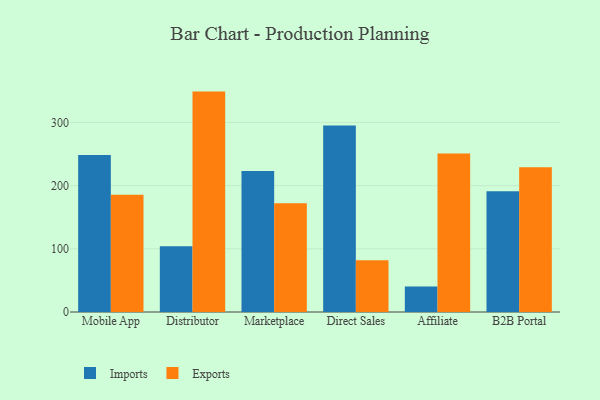
{"axis": {"x": "Channel", "y": "Temperature (°C)"}, "legend": ["Exports", "Imports"], "data": [{"x": "Mobile App", "y": 248.4, "type": "Imports"}, {"x": "Mobile App", "y": 185.6, "type": "Exports"}, {"x": "Distributor", "y": 103.9, "type": "Imports"}, {"x": "Distributor", "y": 348.8, "type": "Exports"}, {"x": "Marketplace", "y": 223.3, "type": "Imports"}, {"x": "Marketplace", "y": 172.0, "type": "Exports"}, {"x": "Direct Sales", "y": 295.2, "type": "Imports"}, {"x": "Direct Sales", "y": 81.8, "type": "Exports"}, {"x": "Affiliate", "y": 40.4, "type": "Imports"}, {"x": "Affiliate", "y": 250.9, "type": "Exports"}, {"x": "B2B Portal", "y": 190.9, "type": "Imports"}, {"x": "B2B Portal", "y": 228.9, "type": "Exports"}]}